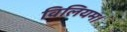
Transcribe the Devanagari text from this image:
विलियम।